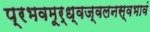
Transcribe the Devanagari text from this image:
प्रभवमूर्ध्वज्वलनस्वभावं